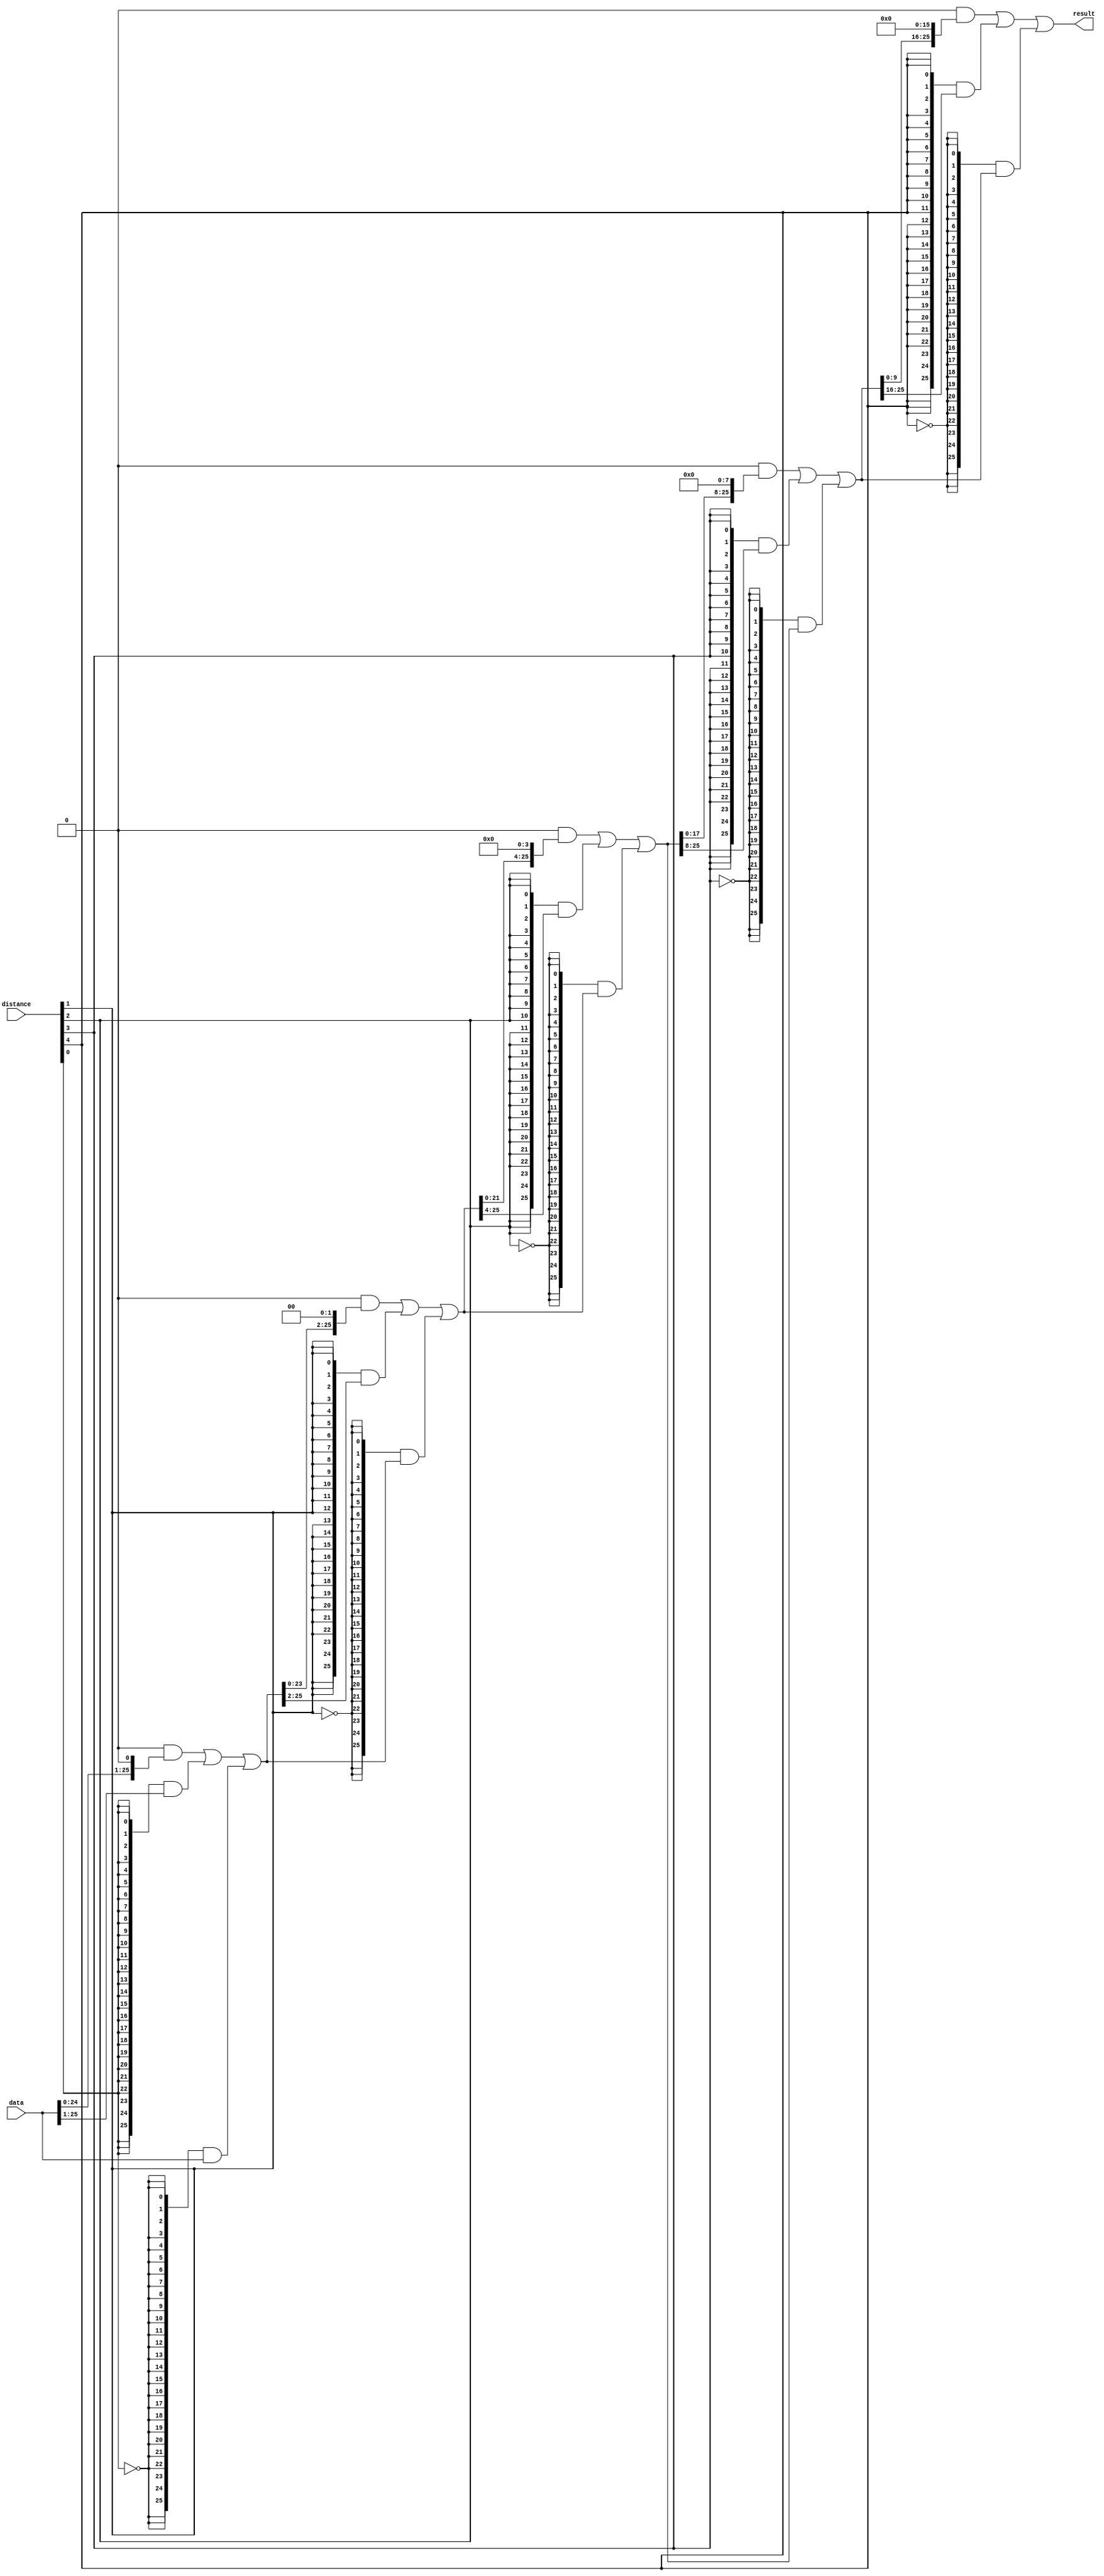
module  fpoint_hw_qsys_addsub_single_altbarrel_shift_44e
	( 
	data,
	distance,
	result) ;
	input   [25:0]  data;
	input   [4:0]  distance;
	output   [25:0]  result;
	wire  [5:0]  dir_w;
	wire  direction_w;
	wire  [15:0]  pad_w;
	wire  [155:0]  sbit_w;
	wire  [4:0]  sel_w;
	wire  [129:0]  smux_w;
	assign
		dir_w = {dir_w[4:0], direction_w},
		direction_w = 1'b1,
		pad_w = {16{1'b0}},
		result = sbit_w[155:130],
		sbit_w = {smux_w[129:0], data},
		sel_w = {distance[4:0]},
		smux_w = {((({26{(sel_w[4] & (~ dir_w[4]))}} & {sbit_w[113:104], pad_w[15:0]}) | ({26{(sel_w[4] & dir_w[4])}} & {pad_w[15:0], sbit_w[129:120]})) | ({26{(~ sel_w[4])}} & sbit_w[129:104])), ((({26{(sel_w[3] & (~ dir_w[3]))}} & {sbit_w[95:78], pad_w[7:0]}) | ({26{(sel_w[3] & dir_w[3])}} & {pad_w[7:0], sbit_w[103:86]})) | ({26{(~ sel_w[3])}} & sbit_w[103:78])), ((({26{(sel_w[2] & (~ dir_w[2]))}} & {sbit_w[73:52], pad_w[3:0]}) | ({26{(sel_w[2] & dir_w[2])}} & {pad_w[3:0], sbit_w[77:56]})) | ({26{(~ sel_w[2])}} & sbit_w[77:52])), ((({26{(sel_w[1] & (~ dir_w[1]))}} & {sbit_w[49:26], pad_w[1:0]}) | ({26{(sel_w[1] & dir_w[1])}} & {pad_w[1:0], sbit_w[51:28]})) | ({26{(~ sel_w[1])}} & sbit_w[51:26])), ((({26{(sel_w[0] & (~ dir_w[0]))}} & {sbit_w[24:0], pad_w[0]}) | ({26{(sel_w[0] & dir_w[0])}} & {pad_w[0], sbit_w[25:1]})) | ({26{(~ sel_w[0])}} & sbit_w[25:0]))};
endmodule